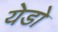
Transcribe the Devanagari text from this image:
येडो